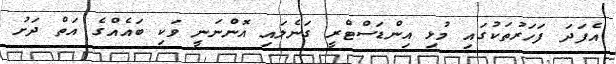
އެފަދަ ފަހަރުތަކުގައި މުޅި އިންޑަސްޓްރީ ގަނެލައި އޮންނަނީ ވަކި ބައެއްގެ އަތް ދަށު